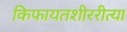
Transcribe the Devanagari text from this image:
किफायतशीररीत्या